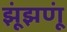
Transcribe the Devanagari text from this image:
झूंझणूं